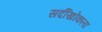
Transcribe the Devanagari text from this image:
सर्दीखोकला